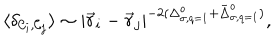
\langle \delta _ { { \cal { C } } _ { i } , { \cal { C } } _ { j } } \rangle \sim | { \vec { r } } _ { i } - { \vec { r } } _ { j } | ^ { - 2 ( \Delta _ { \sigma , q = 1 } ^ { o } + { \bar { \Delta } } _ { \sigma , q = 1 } ^ { o } ) } ,